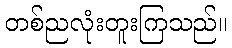
တစ်ညလုံးတူးကြသည်။